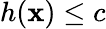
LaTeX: h(\mathbf{x})\leq c